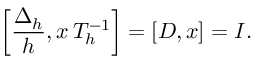
\left[ { \frac { \Delta _ { h } } { h } } , x \, T _ { h } ^ { - 1 } \right] = [ D , x ] = I .